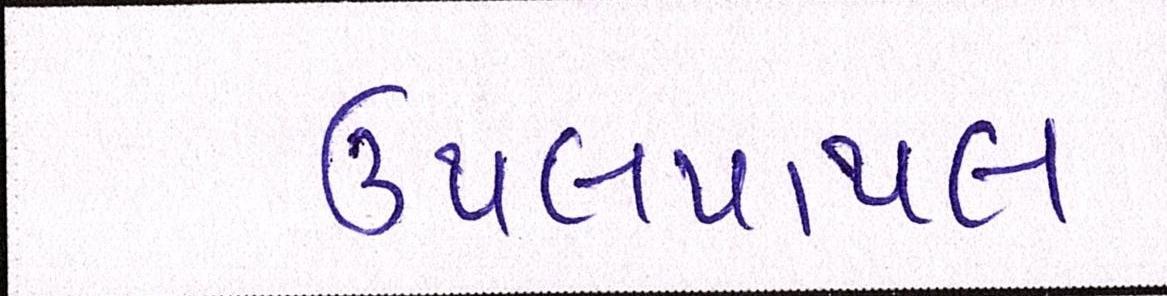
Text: ઉથલપાથલ